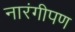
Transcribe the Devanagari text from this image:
नारंगीपण